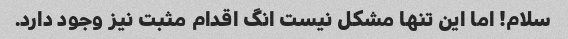
سلام! اما این تنها مشکل نیست انگ اقدام مثبت نیز وجود دارد.